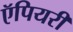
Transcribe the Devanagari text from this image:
ऍपियरी